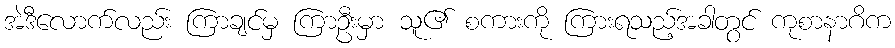
အဲဒီလောက်လည်း ကြာချင်မှ ကြာဦးမှာ သူ၏ စကားကို ကြားရသည့်အခါတွင် ကုစာနာဂိက